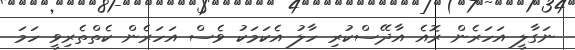
ނަގާލީ އަހަރެން ރޮއެ އާދޭސްކުރި ހާލު އެކަމަކު ވެސް އަހަރެން ކެތްތެރިވީ ހަމަ